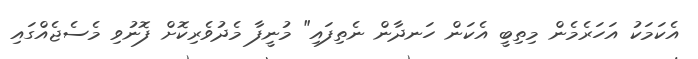
އެކަމަކު އަހަރެމެން މިތިބީ އެކަން ހަނދާން ނެތިފައި" މުނީފާ މެދުވެރިކޮށް ފޮނުވި މެސެޖެއްގައި